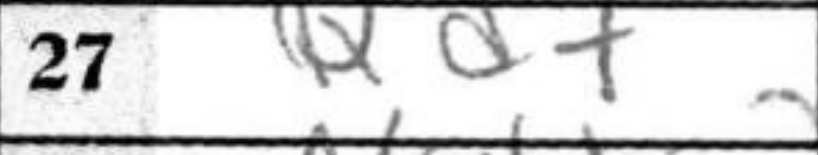
Transcription: Qd7